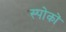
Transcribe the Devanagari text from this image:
स्पोकों